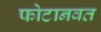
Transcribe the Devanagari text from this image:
फोटानवत